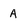
Character: A